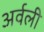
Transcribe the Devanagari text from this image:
अर्वली